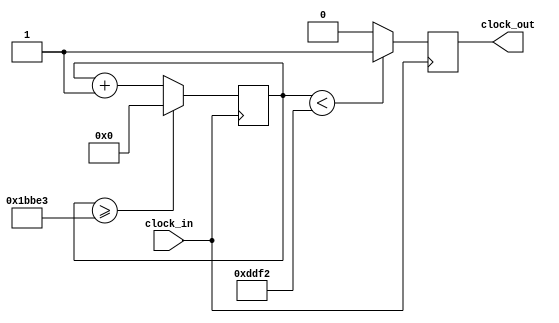
`timescale 1ns / 1ps
//////////////////////////////////////////////////////////////////////////////////
// Company: 
// Engineer: 
// 
// Design Name: 
// Module Name:    la2 
// Project Name: 
// Target Devices: 
// Tool versions: 
// Description: 
//
// Dependencies: 
//
// Revision: 
// Revision 0.01 - File Created
// Additional Comments: 
//
//////////////////////////////////////////////////////////////////////////////////
module la2 (input clock_in, output reg clock_out);

reg [27:0]  counter = 28'd0;
parameter DIVISOR = 28'd113636;
always @(posedge clock_in)
begin
counter <= counter + 28'd1;
if (counter >=(DIVISOR-1))
counter <= 28'd0;
clock_out <= (counter<DIVISOR/2)?1'b1:1'b0;

end

endmodule